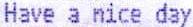
HAVE A NICE DAY